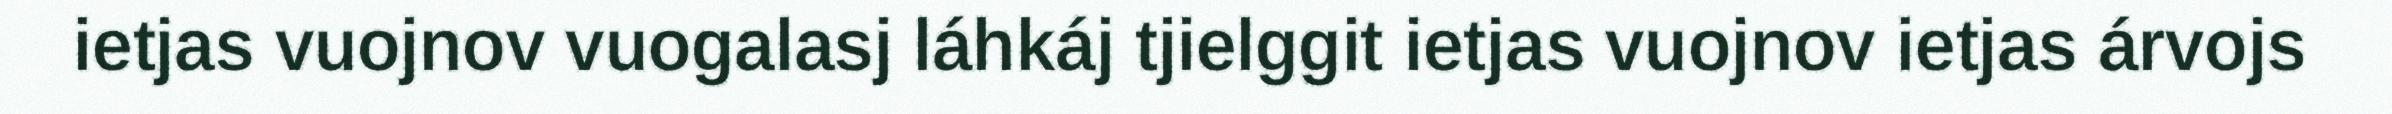
ietjas vuojnov vuogalasj láhkáj tjielggit ietjas vuojnov ietjas árvojs